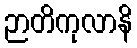
ဉာတိကုလာနိ